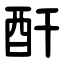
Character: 酐